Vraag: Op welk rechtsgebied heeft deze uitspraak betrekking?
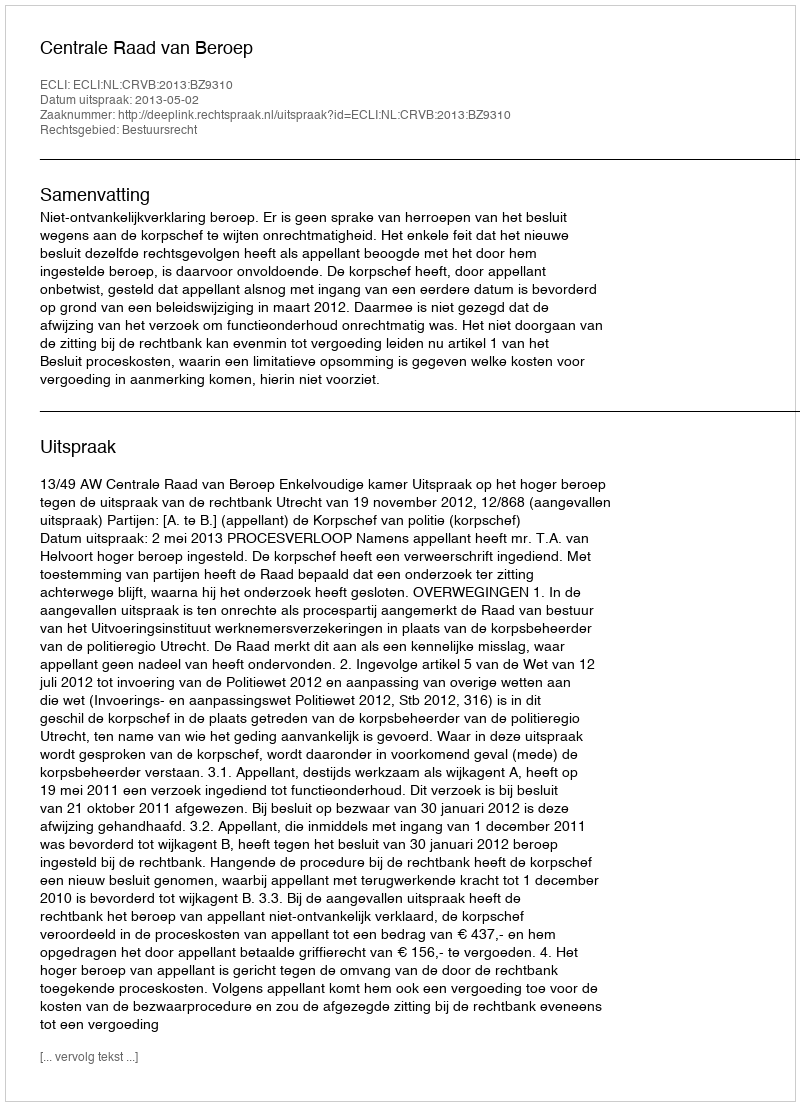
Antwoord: Bestuursrecht